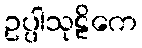
ဥပ္ပါသုဠိကေ